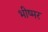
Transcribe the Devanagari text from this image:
भीष्मर